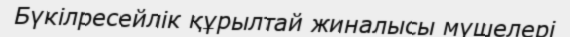
Бүкілресейлік құрылтай жиналысы мүшелері